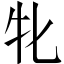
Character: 牝